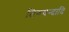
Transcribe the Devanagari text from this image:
तिरुवन्दादि